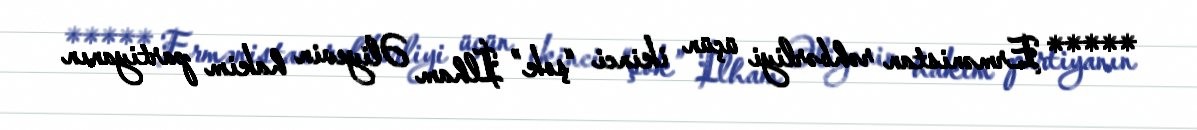
***** Ermənistan rəhbərliyi üçün ikinci “şok” İlham Əliyevin hakim partiyanın